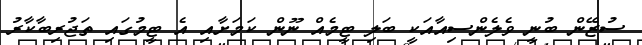
ސުޒޭން ބުނީ ވެލެންސިއާއަކީ ބަލި ޓީމެއް ނޫން ކަމަށާއި އެ ޓީމުގައި ތަޖުރިބާކާރު